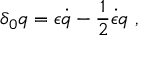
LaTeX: \delta _ { 0 } q = \epsilon \dot { q } - { \frac { 1 } { 2 } } \dot { \epsilon } q \ ,